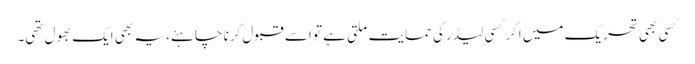
کسی بھی تحریک میں اگر کسی لیڈر کی حمایت ملتی ہے تو اسے قبول کرنا چاہئے، یہ بھی ایک بھول تھی۔